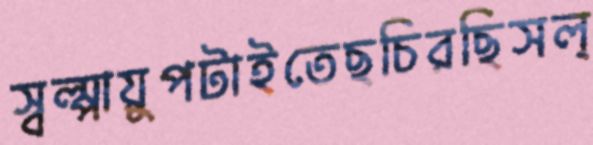
স্বল্পায়ুপটাইতেছচিরছিসল্